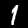
Label: 1